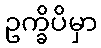
ဥက္ခိပိမှာ